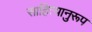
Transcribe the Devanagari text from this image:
साहित्यानुरूप